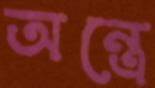
অন্ত্রে